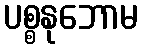
ပစ္စနုဘောမ